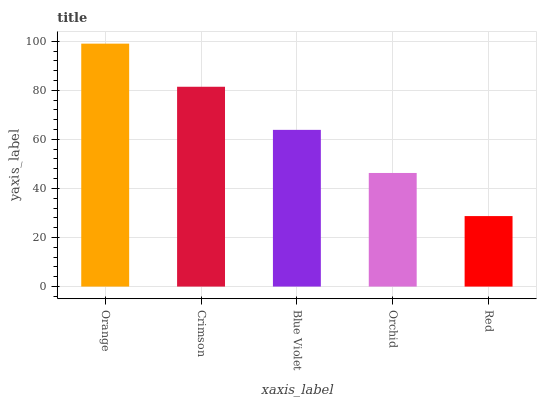
| xaxis_label | bars |
 | --- | --- |
 | Orange | 99 |
 | Crimson | 81.4 |
 | Blue Violet | 63.9 |
 | Orchid | 46.3 |
 | Red | 28.7 |